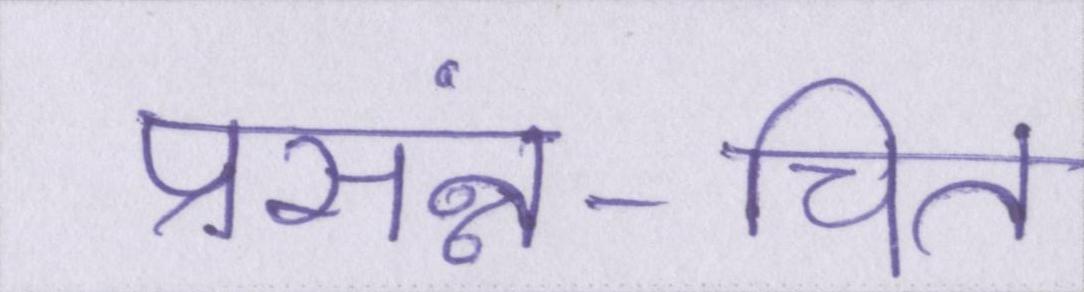
प्रसंन्न-चित्त